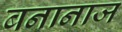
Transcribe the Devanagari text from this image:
बनानाज